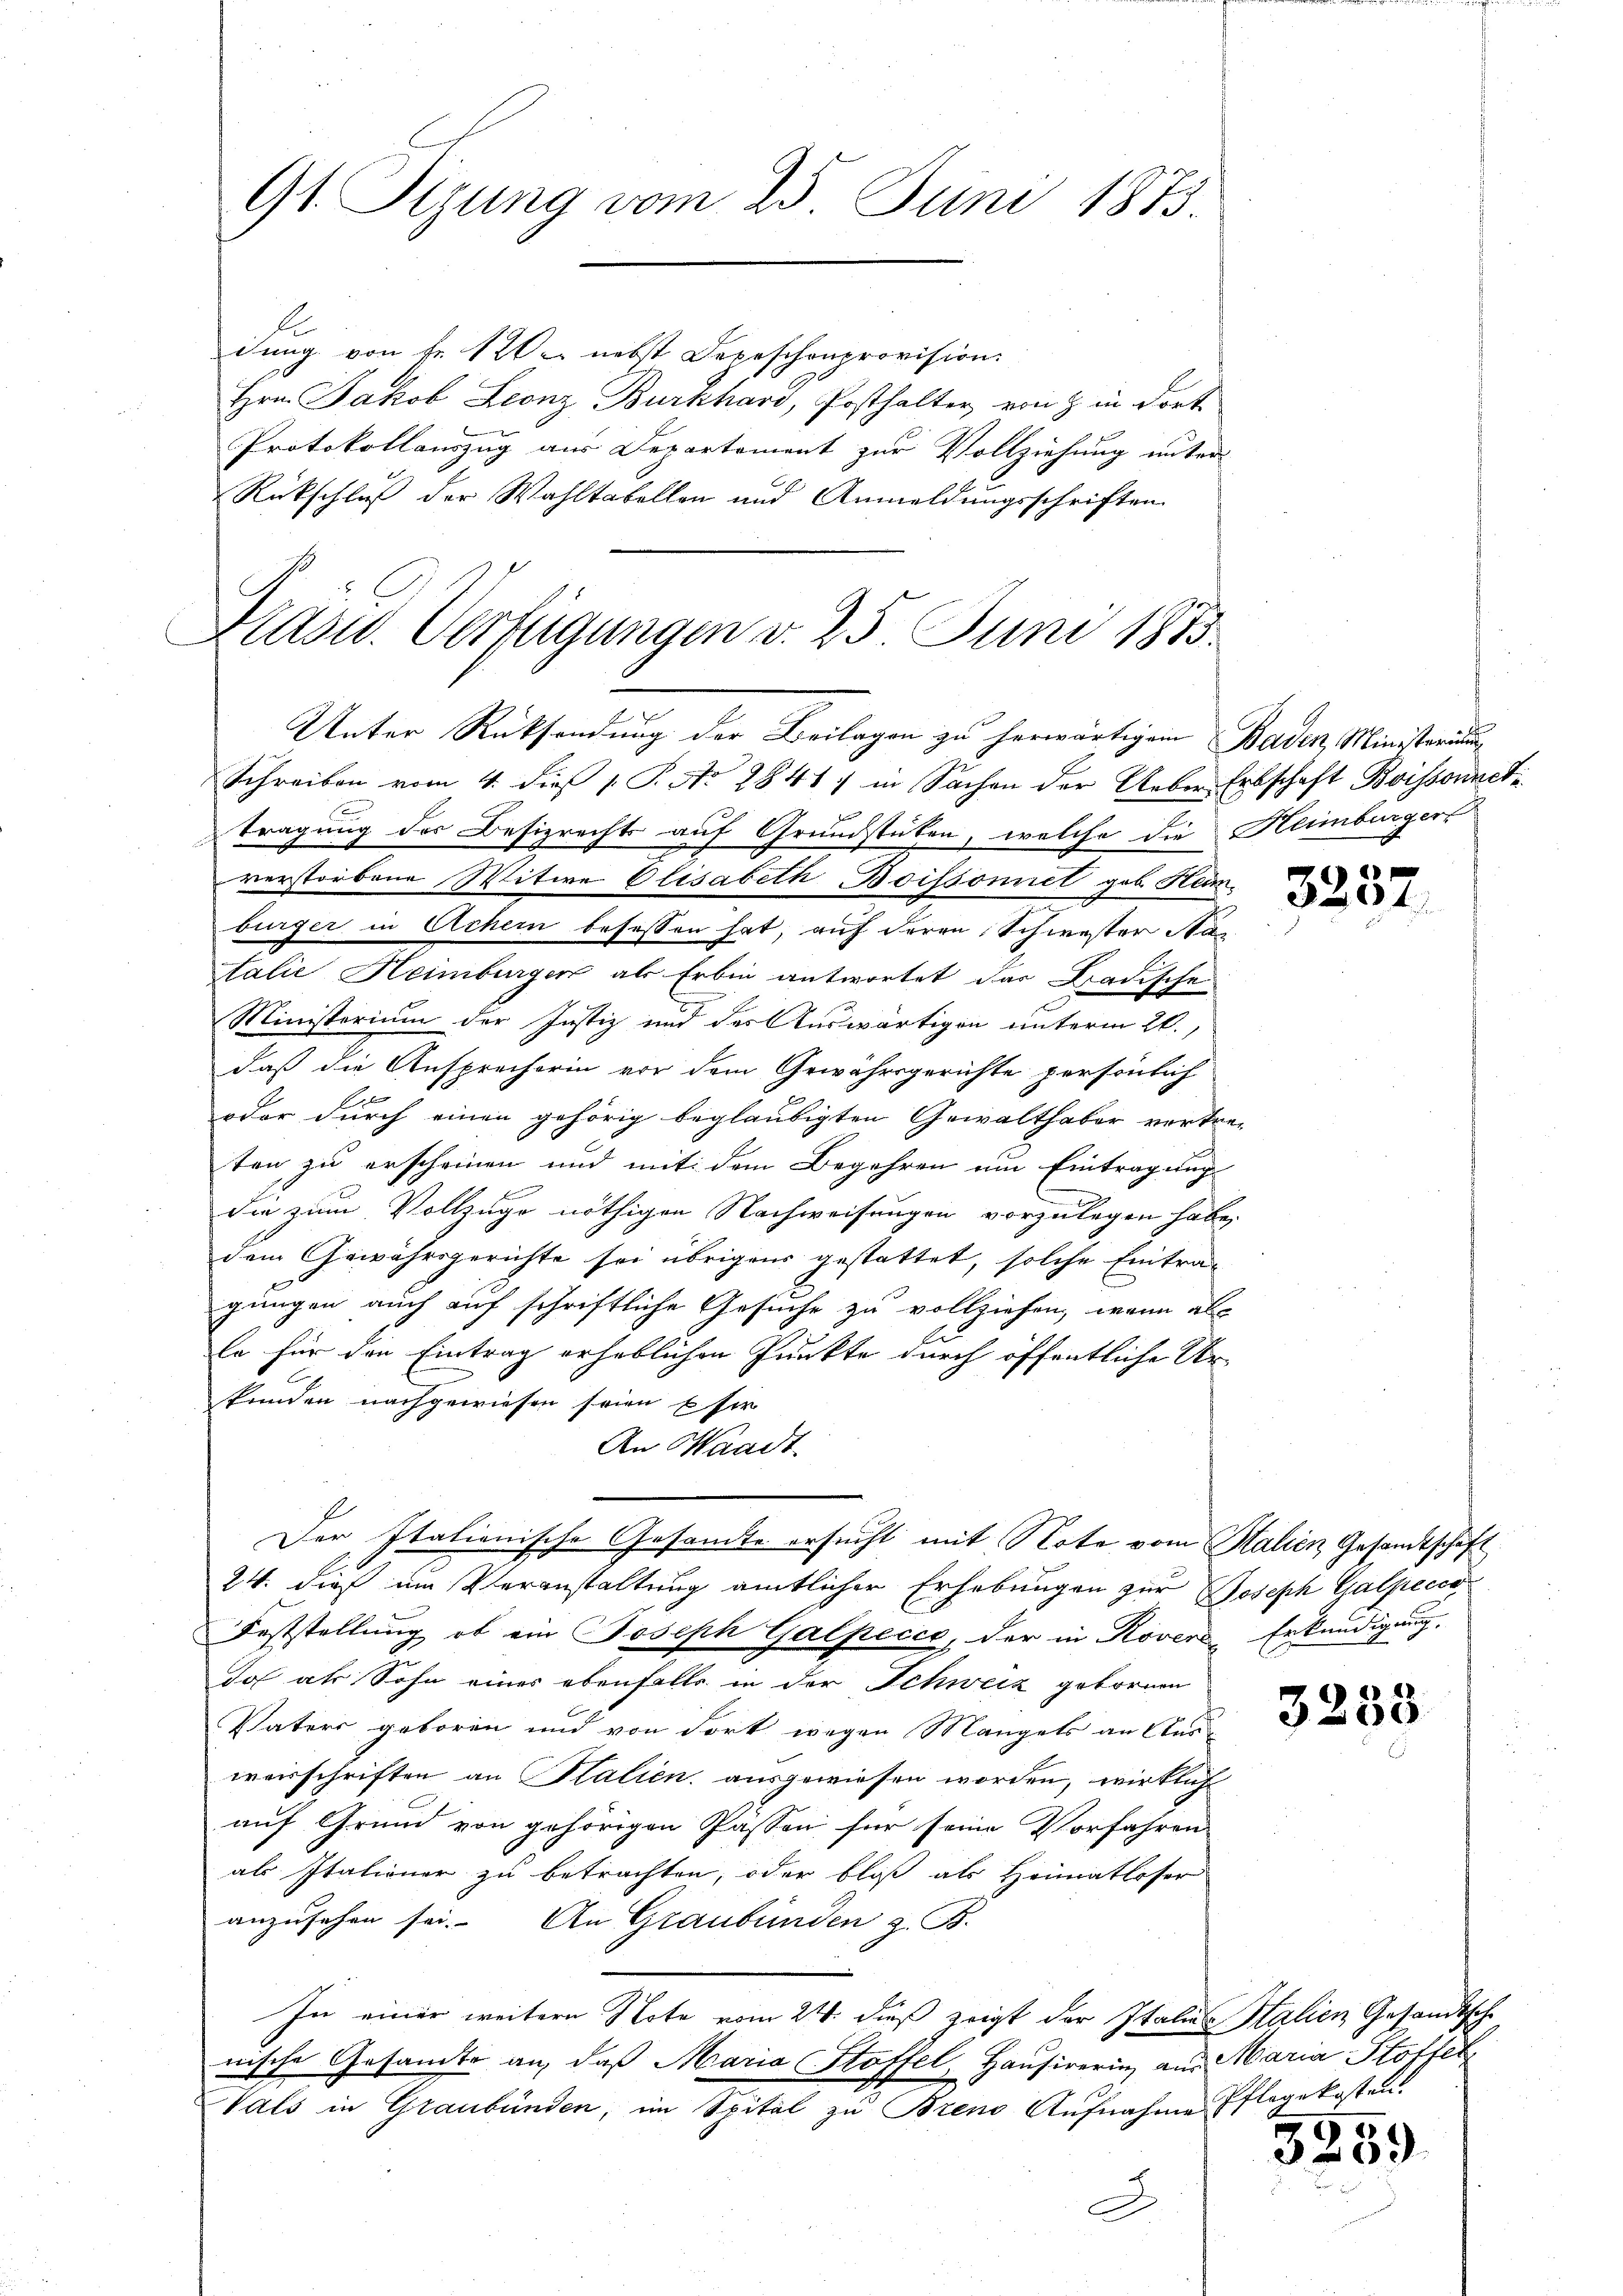
9t Sizung vom 25. Juni 1873.

dung von Fr. 120 nebst Depeschenprovision.
Hrn. Jakob Leonz Burkhard, Posthalter von  in dort
e
Protokollauszug aus Departement zur Vollziehung unter
Rückschluß der Wahltabellen und Anmeldungsschriften

Kasu. Verfügungen d. 25 Juni 1883.
Unter Rücksendung der Beilagen zu herwärtigem Baden Ministerium

Schreiben vom 4. dieß v. P. No 2841. in Sachen der Ueber Erbschaft Boissonnet
Tragung des Besizrechts auf Grundstücken, welche die Heimburger
verstorbene Witwe Elisabeth Boissoniel geb. Hum
bürger in Achern befessen hat, auf deren Schwester Sta
talie Heimburger als Erbin antwortet das Badische
Ministerium der Justiz und des Auswärtigen unterm 20.
daß die Ausprecherin vor dem Gewährsgerichte persönlich
oder durch einen gehörig beglaubigten Gewalthaber vertre-
ten zu erscheinen und mit dem Begehren um Eintragung
E
die zum Vollzuge nöthigen Nachweisungen vorzulegen habe,
dem Gewährsgerichte sei übrigens gestattet, solche Eintragungen auch auf schriftliche Gesuche zu vollziehen, wenn als
le für den Eintrag erheblichen Punkte durch öffentliche Ur-
kunden nachgewiesen seien sie
An Waadt
Der Italionische Gesamte ersucht mit Note vom Stalien Gesandtschaft
24. dies im Veranstaltung amtlicher Erhebungen zur Joseph Galpecca
Feststellung, ob ein Joseph Galpecco, der in Rovere Erkundigung,
Joh als Sohn eines ebenfalls in der Schweiz gebornen
Vaters geboren und von dort wegen Mangels an Auswerschriften an Stalien ausgewiesen worden, wirklich
auf Grund von gehörigen Passen für seine Vorfahren
als Italiener zu betrachten, oder bloß als Heimatloser
anzusehen sei. An Graubünden z. B.
In einer weitere Note vom 24. dieß zeigt der Italias Salien Gesandtsche
nische Gesandte an, daß Maria Stoffel, Hausirerin aus Maria Stoffel
Vals in Graubünden, im Spital zu Bren Aufnahme Pflegekosten.
D

«)
3291

3233

5259